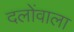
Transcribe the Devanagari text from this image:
दलोंवाला